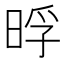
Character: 𭦊